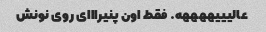
عالیییههههه. فقط اون پنیرااای روی نونش